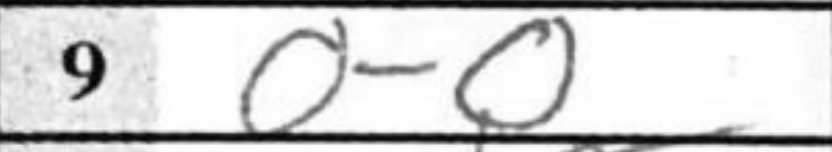
Transcription: O-O